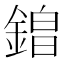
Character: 𮢡